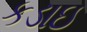
કડાઇ